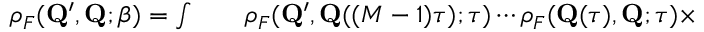
\begin{array} { r l r } { \rho _ { F } ( { \mathbf { Q } ^ { \prime } } , \mathbf { Q } ; \beta ) = \int } & { { } } & { \rho _ { F } ( { \mathbf { Q } ^ { \prime } } , \mathbf { Q } ( ( M - 1 ) \tau ) ; \tau ) \cdots \rho _ { F } ( \mathbf { Q } ( \tau ) , \mathbf { Q } ; \tau ) \times } \end{array}